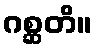
ဂစ္ဆတိ။